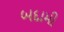
બદામી